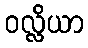
ဝလ္လိယာ